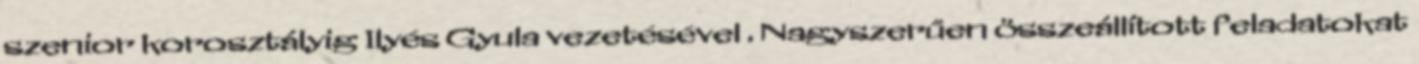
szenior korosztályig Ilyés Gyula vezetésével . Nagyszerűen összeállított feladatokat